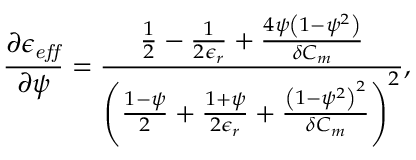
\frac { \partial \epsilon _ { \it { e f f } } } { \partial \psi } = \frac { \frac { 1 } { 2 } - \frac { 1 } { 2 \epsilon _ { r } } + \frac { 4 \psi \left( 1 - \psi ^ { 2 } \right) } { \delta C _ { m } } } { \left( \frac { 1 - \psi } { 2 } + \frac { 1 + \psi } { 2 \epsilon _ { r } } + \frac { \left( 1 - \psi ^ { 2 } \right) ^ { 2 } } { \delta C _ { m } } \right) ^ { 2 } } ,